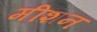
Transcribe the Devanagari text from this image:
मीशन